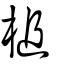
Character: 桘